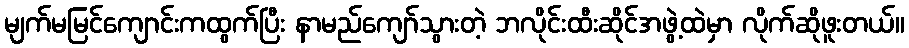
မျက်မမြင်ကျောင်းကထွက်ပြီး နာမည်ကျော်သွားတဲ့ ဘလိုင်းထီးဆိုင်အဖွဲ့ထဲမှာ လိုက်ဆိုဖူးတယ်။